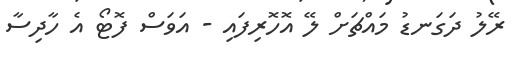
ރޭލު ދަގަނޑު މައްޗަށް ލޭ އޮހޮރިފައި - އަވަސް ފޮޓޯ އެ ހާދިސާ